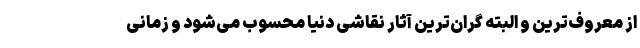
از معروف‌ترین و البته گران‌ترین آثار نقاشی دنیا محسوب می‌شود و زمانی